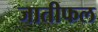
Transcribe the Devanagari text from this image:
जातीफल